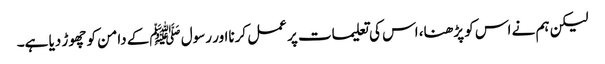
لیکن ہم نے اس کو پڑھنا، اس کی تعلیمات پر عمل کرنااور رسول ﷺکے دامن کو چھوڑ دیا ہے۔